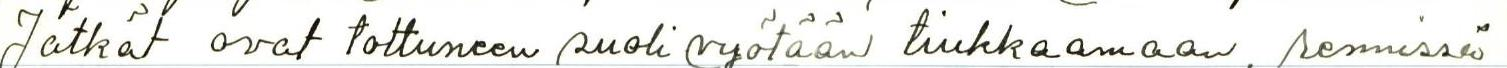
Jätkät ovat tottuneen suoli vyötään tiukkaamaan, rennissä